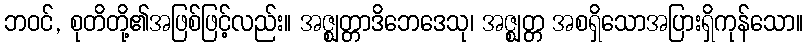
ဘဝင်, စုတိတို့၏အဖြစ်ဖြင့်လည်း။ အဇ္ဈတ္တာဒိဘေဒေသု၊ အဇ္ဈတ္တ အစရှိသောအပြားရှိကုန်သော။